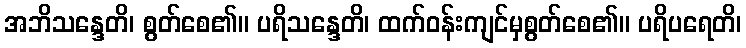
အဘိသန္ဒေတိ၊ စွတ်စေ၏။ ပရိသန္ဒေတိ၊ ထက်ဝန်းကျင်မှစွတ်စေ၏။ ပရိပရေတိ၊